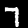
Label: 7